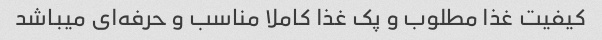
کیفیت غذا مطلوب و پک غذا کاملا مناسب و حرفه‌ای میباشد